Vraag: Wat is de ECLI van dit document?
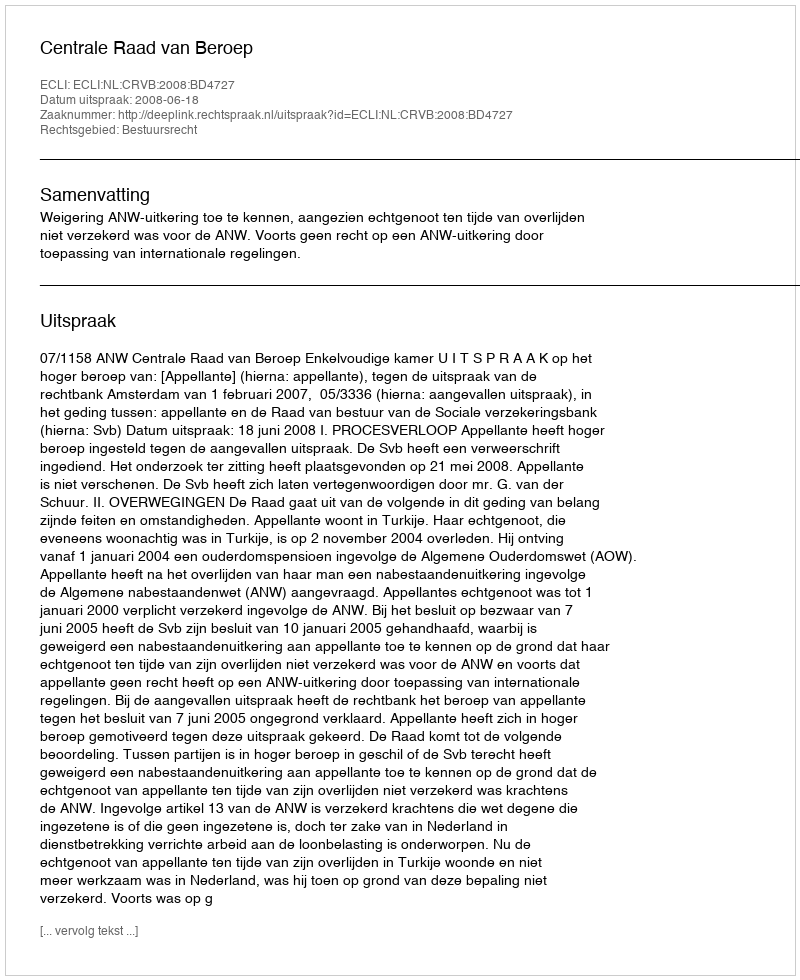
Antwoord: ECLI:NL:CRVB:2008:BD4727